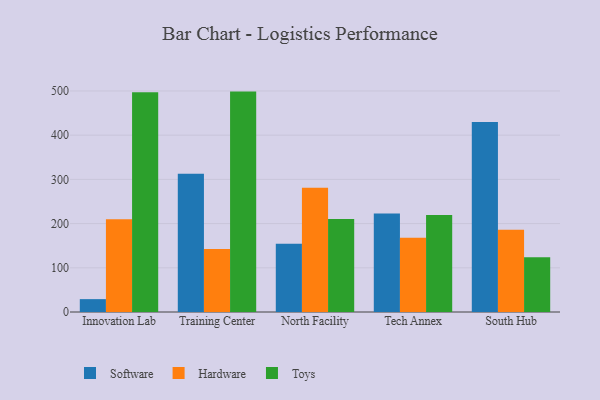
{"axis": {"x": "Campus", "y": "Operating Costs (USD K)"}, "legend": ["Hardware", "Software", "Toys"], "data": [{"x": "Innovation Lab", "y": 29.1, "type": "Software"}, {"x": "Innovation Lab", "y": 209.6, "type": "Hardware"}, {"x": "Innovation Lab", "y": 497.2, "type": "Toys"}, {"x": "Training Center", "y": 312.5, "type": "Software"}, {"x": "Training Center", "y": 142.3, "type": "Hardware"}, {"x": "Training Center", "y": 498.6, "type": "Toys"}, {"x": "North Facility", "y": 154.4, "type": "Software"}, {"x": "North Facility", "y": 281.2, "type": "Hardware"}, {"x": "North Facility", "y": 210.2, "type": "Toys"}, {"x": "Tech Annex", "y": 222.6, "type": "Software"}, {"x": "Tech Annex", "y": 168.0, "type": "Hardware"}, {"x": "Tech Annex", "y": 219.3, "type": "Toys"}, {"x": "South Hub", "y": 430.1, "type": "Software"}, {"x": "South Hub", "y": 186.0, "type": "Hardware"}, {"x": "South Hub", "y": 123.7, "type": "Toys"}]}